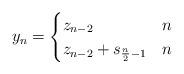
LaTeX: \begin{align*}y_n = \begin{cases}z_{n-2} & n \\z_{n-2} + s_{\frac{n}{2}-1}& n \\\end{cases}\end{align*}